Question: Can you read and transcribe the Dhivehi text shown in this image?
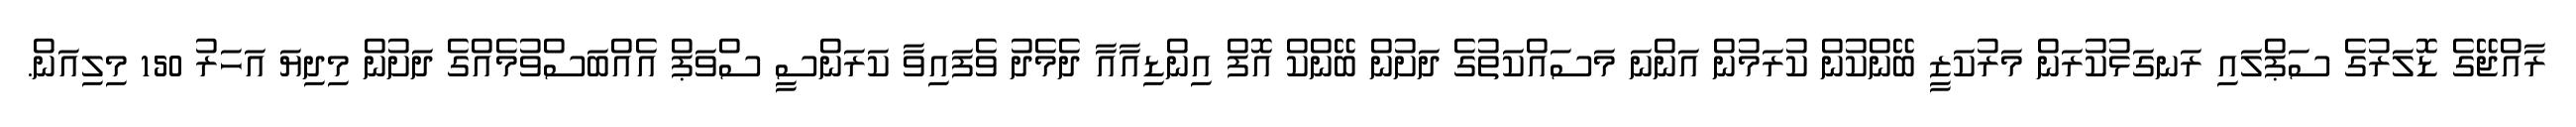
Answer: ރާއްޖޭގެ ޑޮލަރުގެ ސަޕްލައި ރަނގަޅުކުރަން މަރުކަޒީ ބޭންކުން ކުރަމުން އަންނަ މަސައްކަތުގެ ދަށުން ބޭންކް އޮފް އިންޑިއާއާ ދެމެދު ވެފައިވާ ކަރަންސީ ސްވަޕް އެއްބަސްވުމެއްގެ ދަށުން މިދިޔަ އަހަރު 150 މިލިއަން.